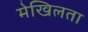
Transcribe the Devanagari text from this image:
मेखिलता